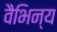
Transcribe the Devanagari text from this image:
वैभिन्य